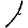
Digit: 1